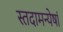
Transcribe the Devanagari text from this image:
स्तदामन्येषां